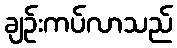
ချဉ်းကပ်လာသည်